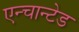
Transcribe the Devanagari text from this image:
एन्चान्टेड